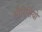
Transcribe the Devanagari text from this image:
मौरिसियो